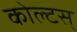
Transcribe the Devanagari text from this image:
कोल्टस्